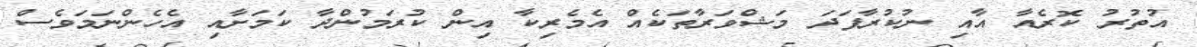
އުތުރު ކޮރެއާ އާއި ނުކުރާފަދަ މަޝްވަރާތަކެއް އެމެރިކާ އިން ކުރަމުންދާ ކަމަށާއި އެހެންނަމަވެސް